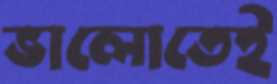
ভালোতেই